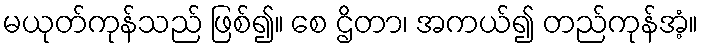
မယုတ်ကုန်သည် ဖြစ်၍။ စေ ဌိတာ၊ အကယ်၍ တည်ကုန်အံ့။